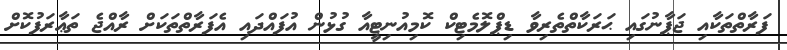
ފަރާތްތަކާއި ޖަޕާނުގައި ޙަރަކާތްތެރިވާ ޑިޕްލޮމެޓިކް ކޮމިއުނިޓީއާ ގުޅުން އުފައްދައި އެފަރާތްތަކަށް ރާއްޖެ ތަޢާރަފުކޮށް